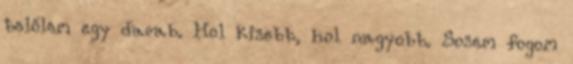
belőlem egy darab. Hol kisebb, hol nagyobb. Sosem fogom